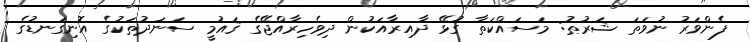
ފެންވަރު ނުވަތަ ޝަރުޠު: މަސައްކަތާ ގުޅޭ ދާއިރާއަކުން ދިވެހިރާއްޖޭގެ ޤައުމީ ސަނަދުތަކުގެ އޮނިގަނޑުގެ